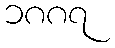
၁၈၈၇